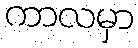
ကာလမှာ